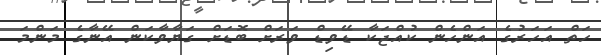
ހަތް އަހަރުގެ އަންހެން ކުއްޖަކާ ޑޭވިޑް ވަރަށް ބޮޑަށް ގަޔާވާކަން އޭނާގެ މަންމަ